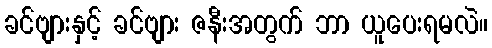
ခင်ဗျားနှင့် ခင်ဗျား ဇနီးအတွက် ဘာ ယူပေးရမလဲ။